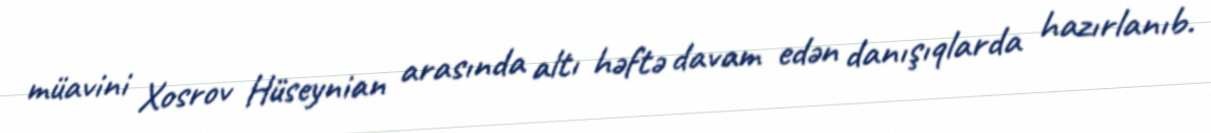
müavini Xosrov Hüseynian arasında altı həftə davam edən danışıqlarda hazırlanıb.